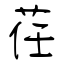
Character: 荏